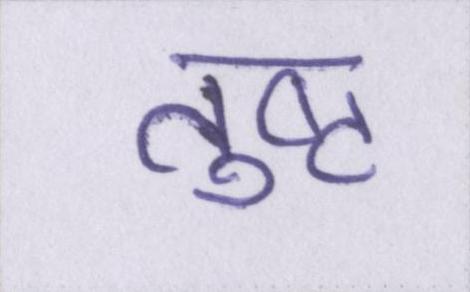
तुष्ट